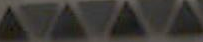
ATATATA